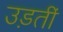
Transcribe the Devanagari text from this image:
उड़तीं